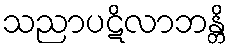
သညာပဋိလာဘန္တိ